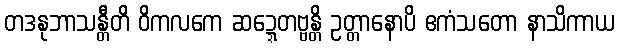
တဒနုဘာသန္တီတိ ဝိကလကေ ဆဍ္ဍေတဗ္ဗန္တိ ဥတ္တာနောပိ ဧကံသတော နာသိကာယ